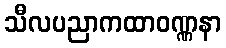
သီလပညာကထာဝဏ္ဏနာ